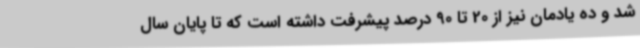
شد و ده یادمان نیز از 20 تا 90 درصد پیشرفت داشته است که تا پایان سال